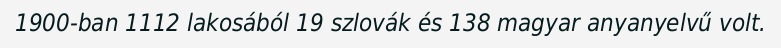
1900-ban 1112 lakosából 19 szlovák és 138 magyar anyanyelvű volt.